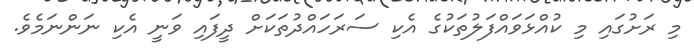
މި ރަށުގައި މި ކުއްޅަވައްފަލުތަކުގެ އެކި ސަރަހައްދުތަކަށް ދީފައި ވަނީ އެކި ނަންނަމެވެ.